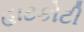
હાટકોટી